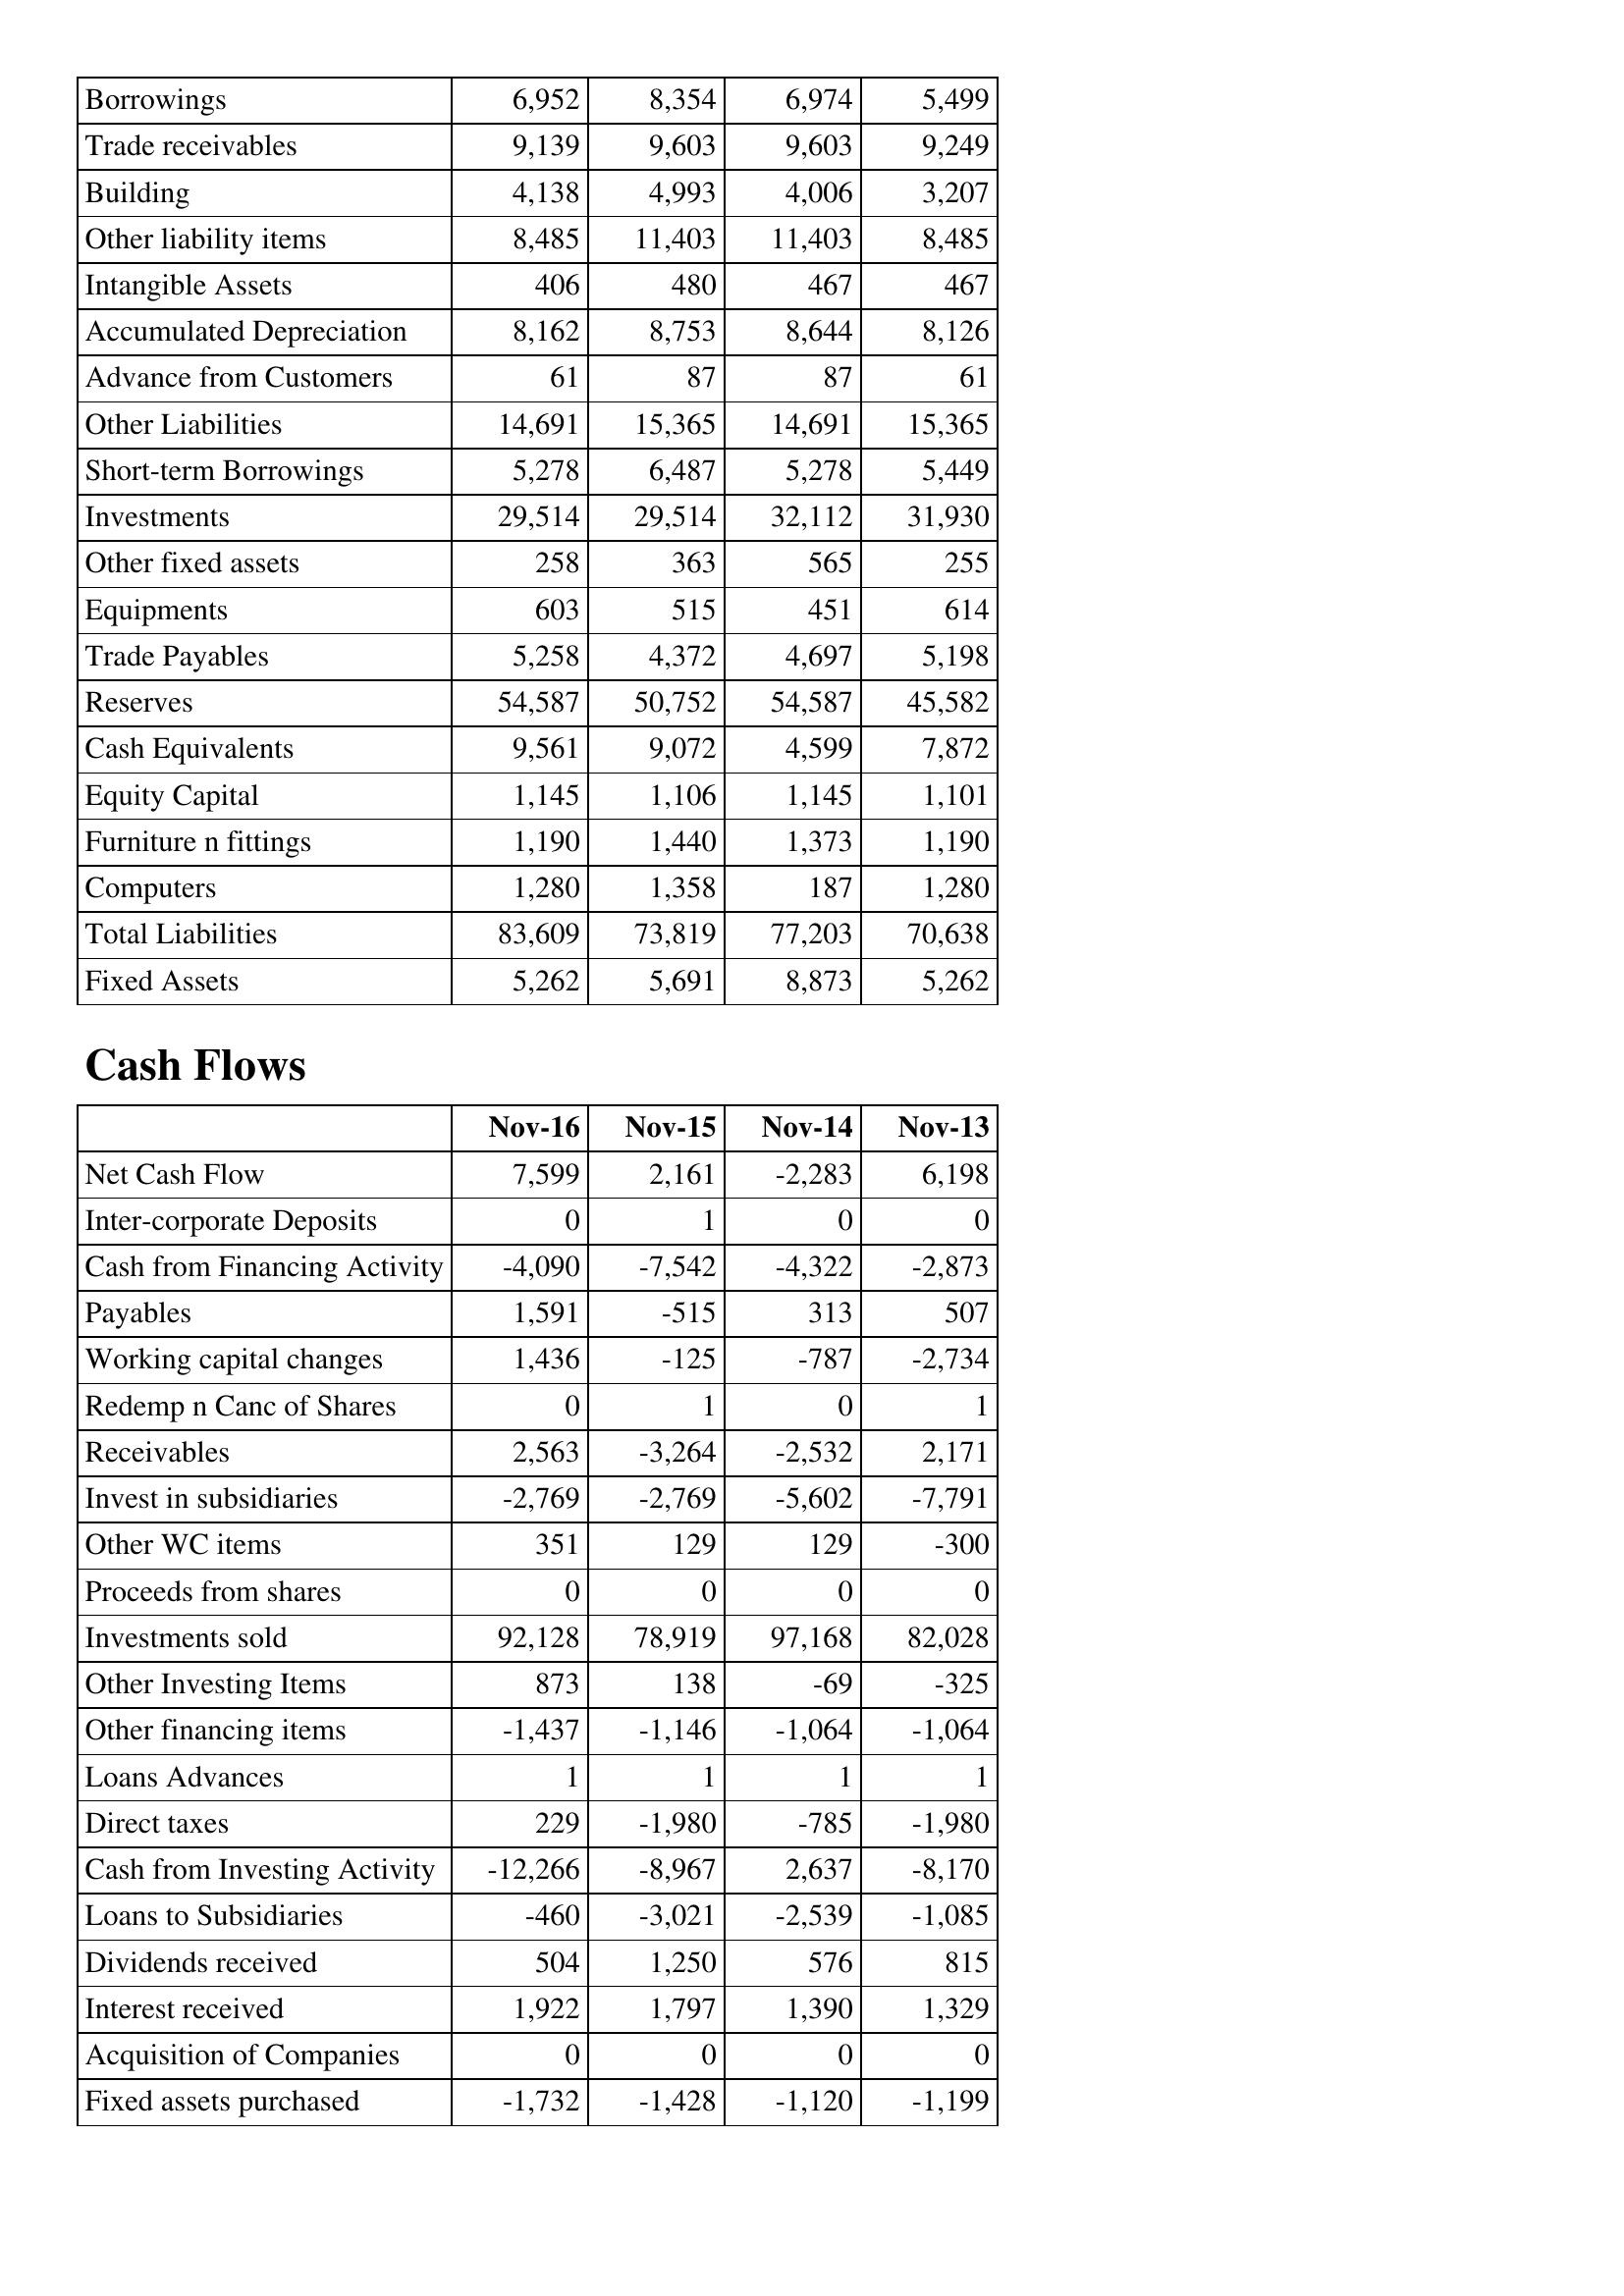
Nov-16: Balance Sheet: Borrowings: 6,952
Trade receivables: 9,139
Building: 4,138
Other liability items: 8,485
Intangible Assets: 406
Accumulated Depreciation: 8,162
Advance from Customers: 61
Other Liabilities: 14,691
Short-term Borrowings: 5,278
Investments: 29,514
Other fixed assets: 258
Equipments: 603
Trade Payables: 5,258
Reserves: 54,587
Cash Equivalents: 9,561
Equity Capital: 1,145
Furniture n fittings: 1,190
Computers: 1,280
Total Liabilities: 83,609
Fixed Assets: 5,262
Cash Flows: Net Cash Flow: 7,599
Inter-corporate Deposits: 0
Cash from Financing Activity: -4,090
Payables: 1,591
Working capital changes: 1,436
Redemp n Canc of Shares: 0
Receivables: 2,563
Invest in subsidiaries: -2,769
Other WC items: 351
Proceeds from shares: 0
Investments sold: 92,128
Other Investing Items: 873
Other financing items: -1,437
Loans Advances: 1
Direct taxes: 229
Cash from Investing Activity: -12,266
Loans to Subsidiaries: -460
Dividends received: 504
Interest received: 1,922
Acquisition of Companies: 0
Fixed assets purchased: -1,732
Nov-15: Balance Sheet: Borrowings: 8,354
Trade receivables: 9,603
Building: 4,993
Other liability items: 11,403
Intangible Assets: 480
Accumulated Depreciation: 8,753
Advance from Customers: 87
Other Liabilities: 15,365
Short-term Borrowings: 6,487
Investments: 29,514
Other fixed assets: 363
Equipments: 515
Trade Payables: 4,372
Reserves: 50,752
Cash Equivalents: 9,072
Equity Capital: 1,106
Furniture n fittings: 1,440
Computers: 1,358
Total Liabilities: 73,819
Fixed Assets: 5,691
Cash Flows: Net Cash Flow: 2,161
Inter-corporate Deposits: 1
Cash from Financing Activity: -7,542
Payables: -515
Working capital changes: -125
Redemp n Canc of Shares: 1
Receivables: -3,264
Invest in subsidiaries: -2,769
Other WC items: 129
Proceeds from shares: 0
Investments sold: 78,919
Other Investing Items: 138
Other financing items: -1,146
Loans Advances: 1
Direct taxes: -1,980
Cash from Investing Activity: -8,967
Loans to Subsidiaries: -3,021
Dividends received: 1,250
Interest received: 1,797
Acquisition of Companies: 0
Fixed assets purchased: -1,428
Nov-14: Balance Sheet: Borrowings: 6,974
Trade receivables: 9,603
Building: 4,006
Other liability items: 11,403
Intangible Assets: 467
Accumulated Depreciation: 8,644
Advance from Customers: 87
Other Liabilities: 14,691
Short-term Borrowings: 5,278
Investments: 32,112
Other fixed assets: 565
Equipments: 451
Trade Payables: 4,697
Reserves: 54,587
Cash Equivalents: 4,599
Equity Capital: 1,145
Furniture n fittings: 1,373
Computers: 187
Total Liabilities: 77,203
Fixed Assets: 8,873
Cash Flows: Net Cash Flow: -2,283
Inter-corporate Deposits: 0
Cash from Financing Activity: -4,322
Payables: 313
Working capital changes: -787
Redemp n Canc of Shares: 0
Receivables: -2,532
Invest in subsidiaries: -5,602
Other WC items: 129
Proceeds from shares: 0
Investments sold: 97,168
Other Investing Items: -69
Other financing items: -1,064
Loans Advances: 1
Direct taxes: -785
Cash from Investing Activity: 2,637
Loans to Subsidiaries: -2,539
Dividends received: 576
Interest received: 1,390
Acquisition of Companies: 0
Fixed assets purchased: -1,120
Nov-13: Balance Sheet: Borrowings: 5,499
Trade receivables: 9,249
Building: 3,207
Other liability items: 8,485
Intangible Assets: 467
Accumulated Depreciation: 8,126
Advance from Customers: 61
Other Liabilities: 15,365
Short-term Borrowings: 5,449
Investments: 31,930
Other fixed assets: 255
Equipments: 614
Trade Payables: 5,198
Reserves: 45,582
Cash Equivalents: 7,872
Equity Capital: 1,101
Furniture n fittings: 1,190
Computers: 1,280
Total Liabilities: 70,638
Fixed Assets: 5,262
Cash Flows: Net Cash Flow: 6,198
Inter-corporate Deposits: 0
Cash from Financing Activity: -2,873
Payables: 507
Working capital changes: -2,734
Redemp n Canc of Shares: 1
Receivables: 2,171
Invest in subsidiaries: -7,791
Other WC items: -300
Proceeds from shares: 0
Investments sold: 82,028
Other Investing Items: -325
Other financing items: -1,064
Loans Advances: 1
Direct taxes: -1,980
Cash from Investing Activity: -8,170
Loans to Subsidiaries: -1,085
Dividends received: 815
Interest received: 1,329
Acquisition of Companies: 0
Fixed assets purchased: -1,199